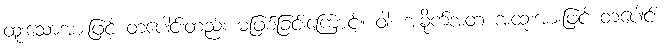
ထူးသောအားဖြင့် တပေါင်းတည်း မဖြစ်ခြင်းကြောင့်။ ဝါ၊ အခိုက်အတံ့ အထူးအားဖြင့် တပေါင်း